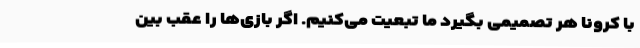
با کرونا هر تصمیمی بگیرد ما تبعیت می‌کنیم. اگر بازی‌ها را عقب بین